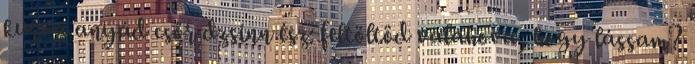
kurva anyád csőr dzsinn ész: feltöltöd valahova, hogy lássam?